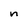
Character: n